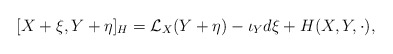
\begin{align*} [ X+\xi , Y + \eta ]_H = \mathcal{L}_X(Y+\eta ) -\iota_Yd\xi + H(X,Y,\cdot ),\end{align*}